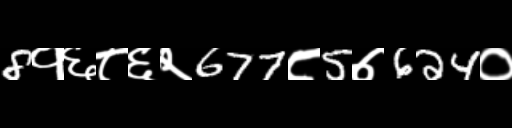
Text: 8१६८६२677८5७624०